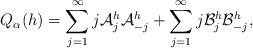
LaTeX: \begin{align*}Q_\alpha (h) = \sum_{j=1}^\infty j \mathcal{A}^h_j \mathcal{A}^h_{-j}+ \sum_{j=1}^\infty j \mathcal{B}^h_j \mathcal{B}^h_{-j},\end{align*}